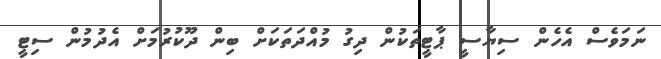
ނަމަވެސް އެހެން ސިޔާސީ ޕާޓީތަކުން ދިގު މުއްދަތަކަށް ބިން ދޫކުރުމަށް އެދުމުން ސިޓީ